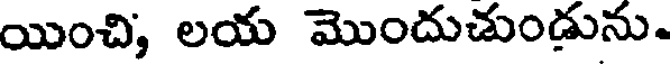
యించి, లయ మొందుచుండును.